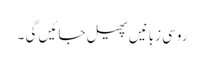
روسی زبانیں پھیل جائیں گی ۔